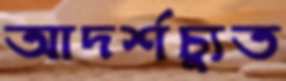
আদর্শচ্যুত